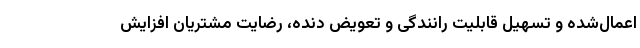
اعمال‌شده و تسهیل قابلیت رانندگی و تعویض دنده، رضایت مشتریان افزایش